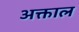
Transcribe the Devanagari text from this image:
अक्ताल